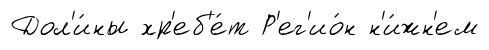
Дол'и́ны хр'еб'е́т Р'ег'ио́н н'и́жн'ем